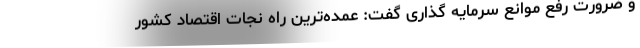
و ضرورت رفع موانع سرمایه گذاری گفت: عمده‌ترین راه نجات اقتصاد کشور